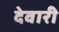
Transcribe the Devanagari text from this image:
देवारी